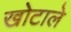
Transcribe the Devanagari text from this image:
खोटाले